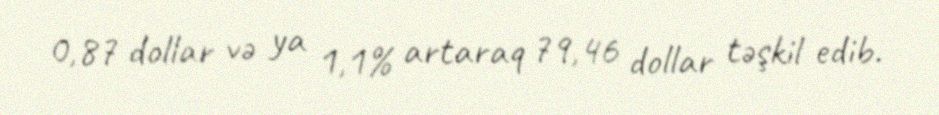
0,87 dollar və ya 1,1% artaraq 79,46 dollar təşkil edib.